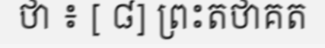
ថា ៖ [ ៨] ព្រះតថាគត